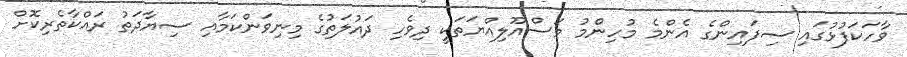
ވާހަކަފުޅުގައި ސިފައިންގެ އެންމެ މުހިންމު މަސްއޫލިއްޔަތަކީ ދިވެހި ދައުލަތުގެ މިނިވަންކަމާއި ސިޔާދަތު ރައްކާތެރިކޮށް